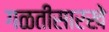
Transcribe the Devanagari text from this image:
गळतीसारखे